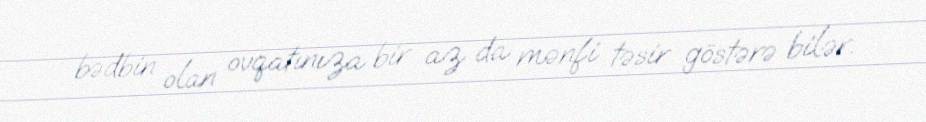
bədbin olan ovqatınıza bir az da mənfi təsir göstərə bilər.